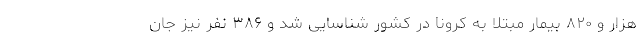
هزار و ۸۲۰ بیمار مبتلا به کرونا در کشور شناسایی شد و ۳۸۶ نفر نیز جان